Vaccination in Bombay 1913-1923 - 1913-1923
Year: 1913
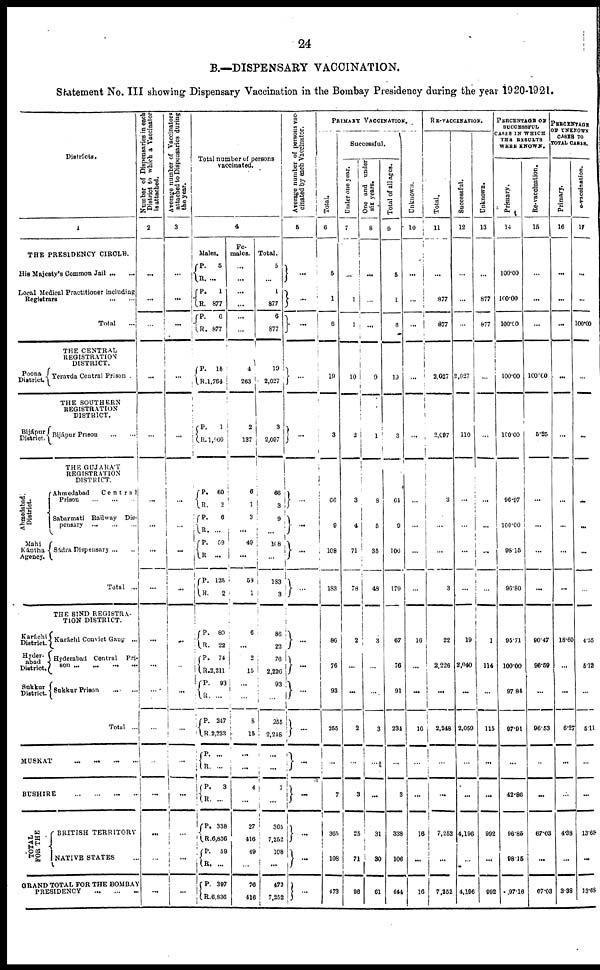
24
B.—DISPENSARY VACCINATION.
Statement No. III showing Dispensary Vaccination in the Bombay Presidency during the year 1920-1921.
Districts.
1
THE PRESIDENCY CIRCLE.
His Majesty's Common Jail ... ...
Local Medical Practitioner including
Registrars
...
...
Total ...
THE CENTRAL
REGISTRATION
DISTRICT.
Poona
District.
Yeravda Central Prison .
THE SOUTHERN
REGISTRATION
DISTRICT.
Bijápur
District.
Bijápur Prison
...
...
THE GUJARÁT
REGISTRATION
DISTRICT.
Ahmedabad
District.
Mahi
Kántha
Agency.
Karáchi
District.
Hyder-
abad
District.
Sukkur
District.
Ahmedabod
Central
Prison ... ... ...
Sabarmati Railway Dis-
pensary
...
...
...
Sádra Dispensary ... ...
Total ...
THE SIND REGISTRA-
TION DISTRICT.
Karáchi Convict Gang ...
Hyderabad Central
Pri-
son
...
...
...
...
Sukkur Prison
...
...
Total ...
MUSKAT ... ... ... ...
BUSHIRE
...
...
...
...
T OTAL
FOR THE
BRITISH TERRITORY
NATIVE STATES ...
GRAND TOTAL FOR THE BOMBAY
PRESIDENCY ... ... ...
Number of Dispensaries in each
District to which a Vaccinator
is attached.
2
...
...
...
...
...
...
...
...
...
...
...
...
...
...
...
...
...
...
Average number of Vaccinators
attached to Dispensaries during
the year.
3
...
...
...
...
...
...
...
...
...
...
...
...
...
...
...
...
...
...
Total number of persons
vaccinated.
4
Males.
P.
R.
P.
R.
P.
R.
P.
R.
P.
R.
P.
R.
P.
R.
P.
R.
P.
R.
P.
R.
P.
R.
P.
R.
P.
R.
P.
R.
P.
R.
P.
R.
P.
R.
P. R.
5
...
1
877
6
877
15
1,764
1
1,960
60
2
6
...
59
...
125
2
80
22
74
2,211
93
...
247
2,233
...
...
3
...
338
6,836
59
...
397
6,830
Fe-
males.
...
...
...
...
...
...
4
263
2
137
6
1
3
...
49
...
53
1
6
...
2
15
...
...
8
15
...
...
4
...
27
416
49
...
76
416
Total.
5
...
1
877
6
877
19
2,027
3
2,097
66
3
9
...
168
...
183
3
86
22
76
2,226
93
...
255
2,248
...
...
7
...
365
7,252
108
...
473
7,252
Average number of persons vac-
cinated by each Vaccinator.
5
...
...
...
...
...
...
...
...
...
...
...
...
...
...
...
...
...
...
PRIMARY VACCINATION.
Total.
6
5
1
6
19
3
66
9
108
183
86
76
93
255
...
7
365
108
473
Successful.
Under one year.
7
...
1
1
10
2
3
4
71
78
2
...
...
2
...
3
25
71
96
One and under
six years.
8
...
...
...
9
1
8
5
35
48
3
...
...
3
...
...
31
30
61
Total of all ages.
9
5
1
6
19
3
64
9
106
179
67
76
91
234
...
3
338
106
444
Unknown.
10
...
...
...
...
...
...
...
...
...
16
...
...
16
...
...
16
...
16
RE-VACCINATION.
Total.
11
...
877
877
2,027
2,097
3
...
...
3
22
2,226
...
2,248
...
...
7,252
...
7,252
Successful.
12
...
...
...
2,027
110
...
...
...
...
19
2,040
...
2,059
...
...
4,196
...
4,196
Unknown.
13
...
877
877
...
...
...
...
...
...
1
114
...
115
...
...
992
...
992
PERCENTAGE OF
SUCCESSFUL
CASES IN WHICH
THE RESULTS
WERE KNOWN.
Primary.
14
100.00
100.00
100.00
100.00
100.00
96.97
100.00
98.15
96.80
95.71
100.00
97.84
97.91
...
42.86
96.85
98.15
97.16
Re-vaccination.
15
...
...
...
100.00
5.25
...
...
...
...
90.47
96.59
...
96.53
...
...
67.03
...
67.03
PERCENTAGE
OF UNKNOWN
CASES TO
TOTAL CASES.
Primary.
16
...
...
...
...
...
...
...
...
...
18.60
...
...
6.27
...
...
4.38
...
3.38
e-vaccination.
17
...
...
100.00
...
...
...
...
...
...
4.55
5.12
...
5.11
...
...
13.68
...
13.68